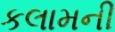
કલામની